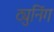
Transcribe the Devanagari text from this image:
ट्युनिंग